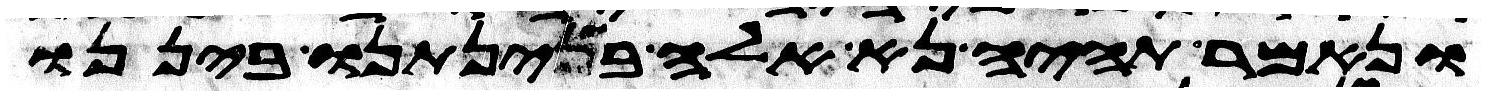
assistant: ונאמר תהיה נא אלה בינתנו ביננו